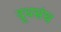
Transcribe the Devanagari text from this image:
दूधसंघ